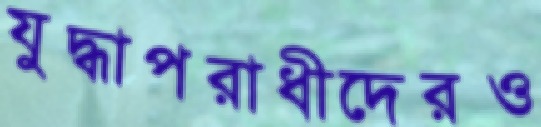
যুদ্ধাপরাধীদেরও